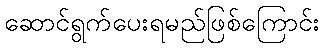
ဆောင်ရွက်ပေးရမည်ဖြစ်ကြောင်း